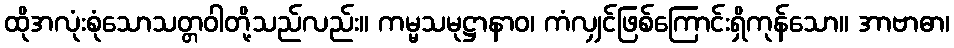
ထိုအလုံးစုံသောသတ္တဝါတို့သည်လည်း။ ကမ္မသမုဋ္ဌာနာဝ၊ ကံလျှင်ဖြစ်ကြောင်းရှိကုန်သော။ အာဗာဓာ၊